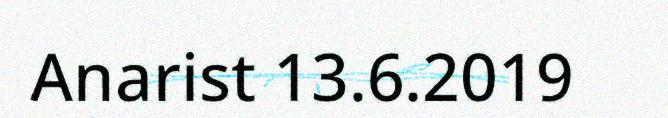
Anarist 13.6.2019